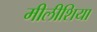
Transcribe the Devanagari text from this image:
मीलीशिया